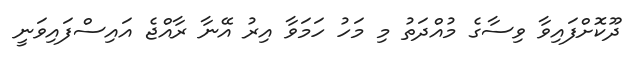
ދޫކޮށްފައިވާ ވިސާގެ މުއްދަތު މި މަހު ހަމަވާ އިރު އޭނާ ރާއްޖެ އައިސްފައިވަނީ